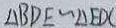
\Delta B D E \sim \Delta E D C